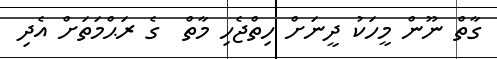
ގާތް ނޫން މީހަކު ދީނަށް ހިތްޖެހި މާތް  ގެ ރަޙްމަތަށް އެދި